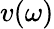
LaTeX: v(\omega)